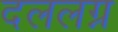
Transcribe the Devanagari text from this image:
दललग्न